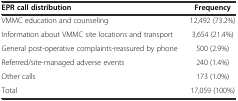
<table><thead><tr><td><b>EPR call distribution</b></td><td><b>Frequency</b></td></tr></thead><tbody><tr><td>VMMC education and counseling</td><td>12,492 (73.2%)</td></tr><tr><td>Information about VMMC site locations and transport</td><td>3,654 (21.4%)</td></tr><tr><td>General post-operative complaints-reassured by phone</td><td>500 (2.9%)</td></tr><tr><td>Referred/site-managed adverse events</td><td>240 (1.4%)</td></tr><tr><td>Other calls</td><td>173 (1.0%)</td></tr><tr><td>Total</td><td>17,059 (100%)</td></tr></tbody></table>